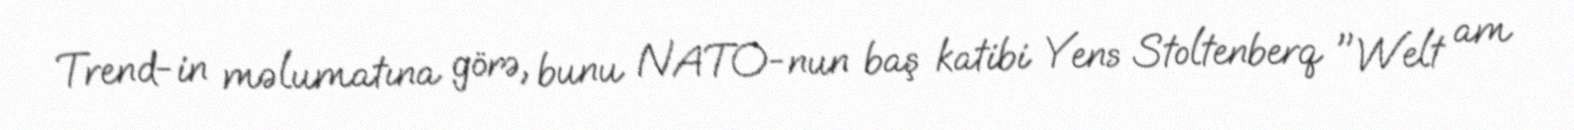
Trend-in məlumatına görə, bunu NATO-nun baş katibi Yens Stoltenberq "Welt am